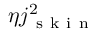
\eta j _ { \mathrm { ~ s ~ k ~ i ~ n ~ } } ^ { 2 }